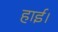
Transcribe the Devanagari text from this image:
हाई।